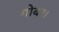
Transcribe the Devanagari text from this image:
गोबर।